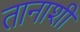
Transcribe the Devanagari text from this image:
तानाशी